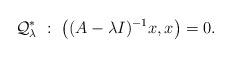
LaTeX: \begin{align*}\mathcal{Q}_{\lambda}^*\ :\ \big((A-\lambda I)^{-1}x,x\big)=0.\end{align*}